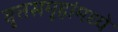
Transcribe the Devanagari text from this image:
वृ्त्तसमूहांमध्ये